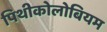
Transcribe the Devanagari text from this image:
पिथीकोलोबियम